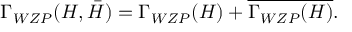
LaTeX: \Gamma _ { W Z P } ( H , \bar { H } ) = \Gamma _ { W Z P } ( H ) + \overline { { { \Gamma _ { W Z P } ( H ) } } } .